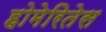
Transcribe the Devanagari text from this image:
होमेरितेस